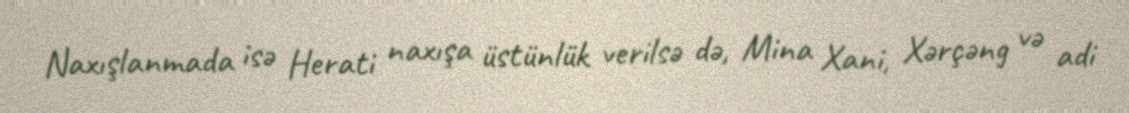
Naxışlanmada isə Herati naxışa üstünlük verilsə də, Mina Xani, Xərçəng və adi